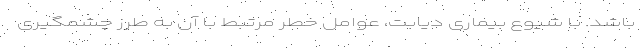
باشد. با شیوع بیماری دیابت، عوامل خطر مرتبط با آن به طرز چشمگیری